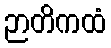
ဉာတိကထံ